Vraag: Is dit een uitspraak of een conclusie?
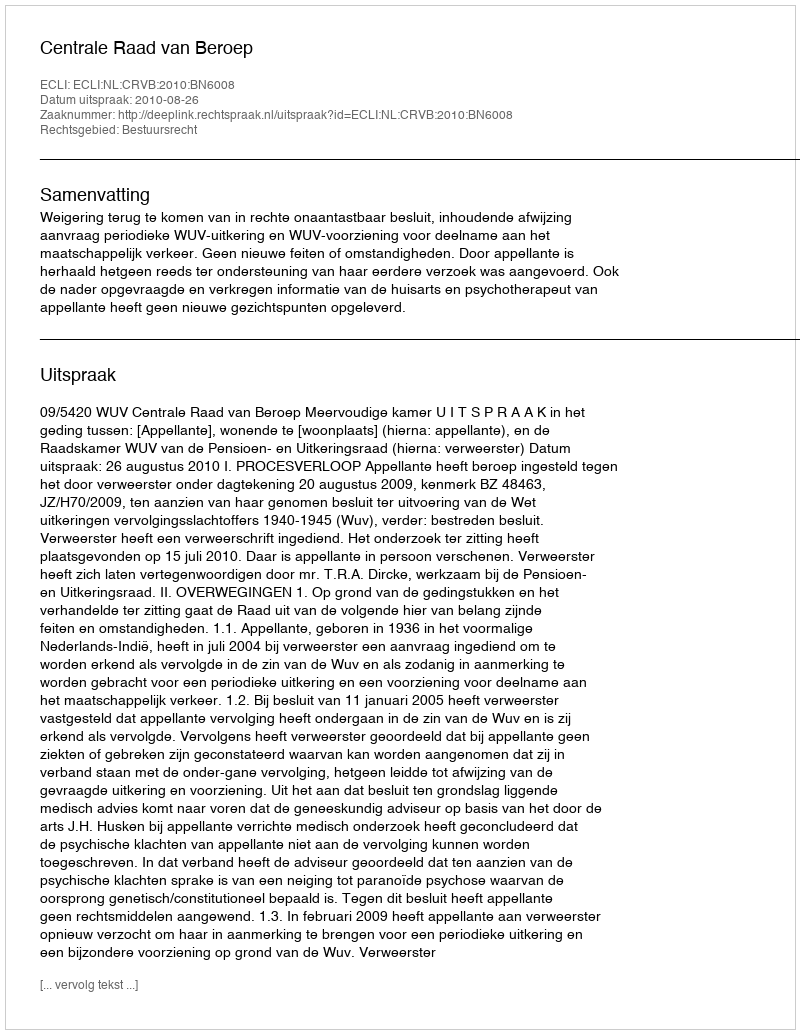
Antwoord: Uitspraak